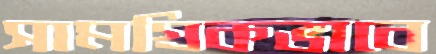
সামগ্রিকভাবে